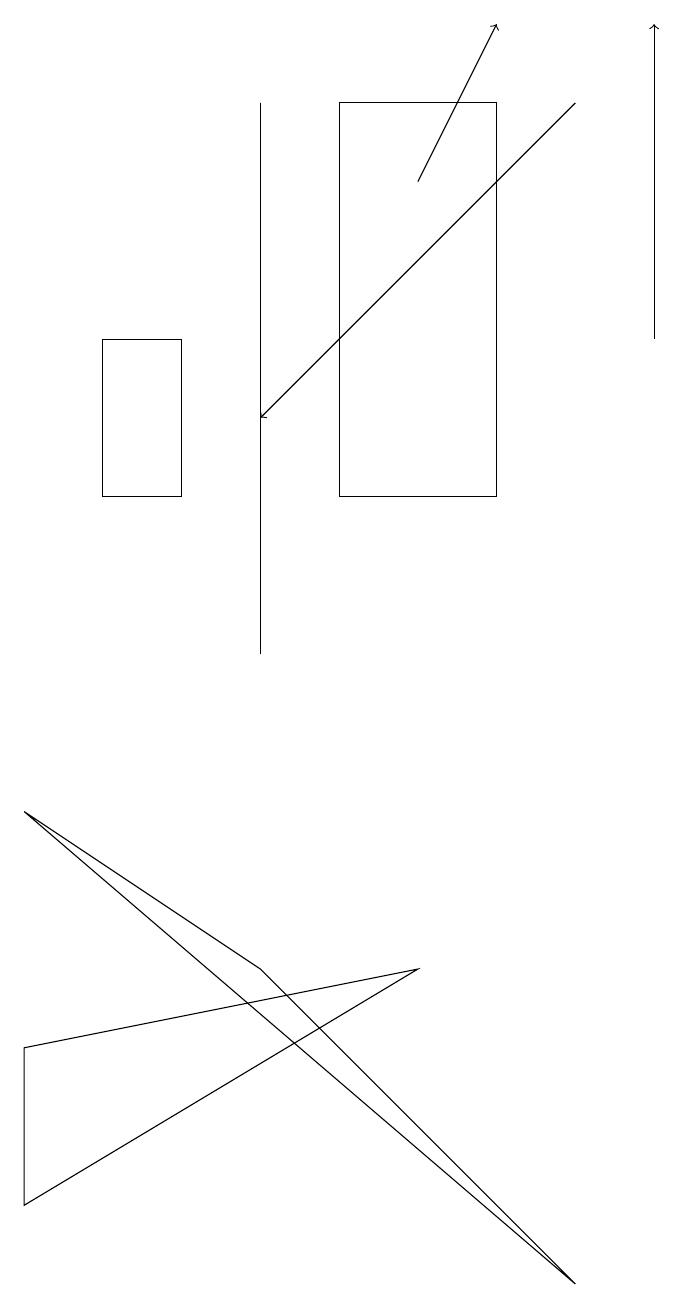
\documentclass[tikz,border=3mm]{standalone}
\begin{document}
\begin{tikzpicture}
\draw[->] (7,17) -- (3,13);
\draw[->] (8,14) -- (8,18);
\draw[->] (5,16) -- (6,18);
\draw (3,6) -- (7,2) -- (0,8) -- cycle;
\draw (1,14) rectangle (2,12);
\draw (6,17) rectangle (4,12);
\draw (3,10) rectangle (3,17);
\draw (0,3) -- (0,5) -- (5,6) -- cycle;
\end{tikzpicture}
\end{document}